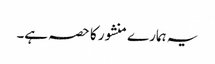
یہ ہمارے منشور کا حصہ ہے۔